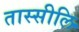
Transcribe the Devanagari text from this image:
तास्सीलि